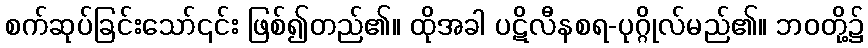
စက်ဆုပ်ခြင်းသော်၎င်း ဖြစ်၍တည်၏။ ထိုအခါ ပဋိလီနစရ-ပုဂ္ဂိုလ်မည်၏။ ဘဝတို့၌